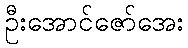
ဦးအောင်ဇော်အေး